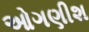
ઓગણીશ